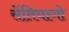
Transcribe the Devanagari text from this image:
सेंतियागो